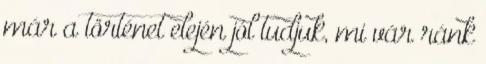
már a történet elején jól tudjuk, mi vár ránk